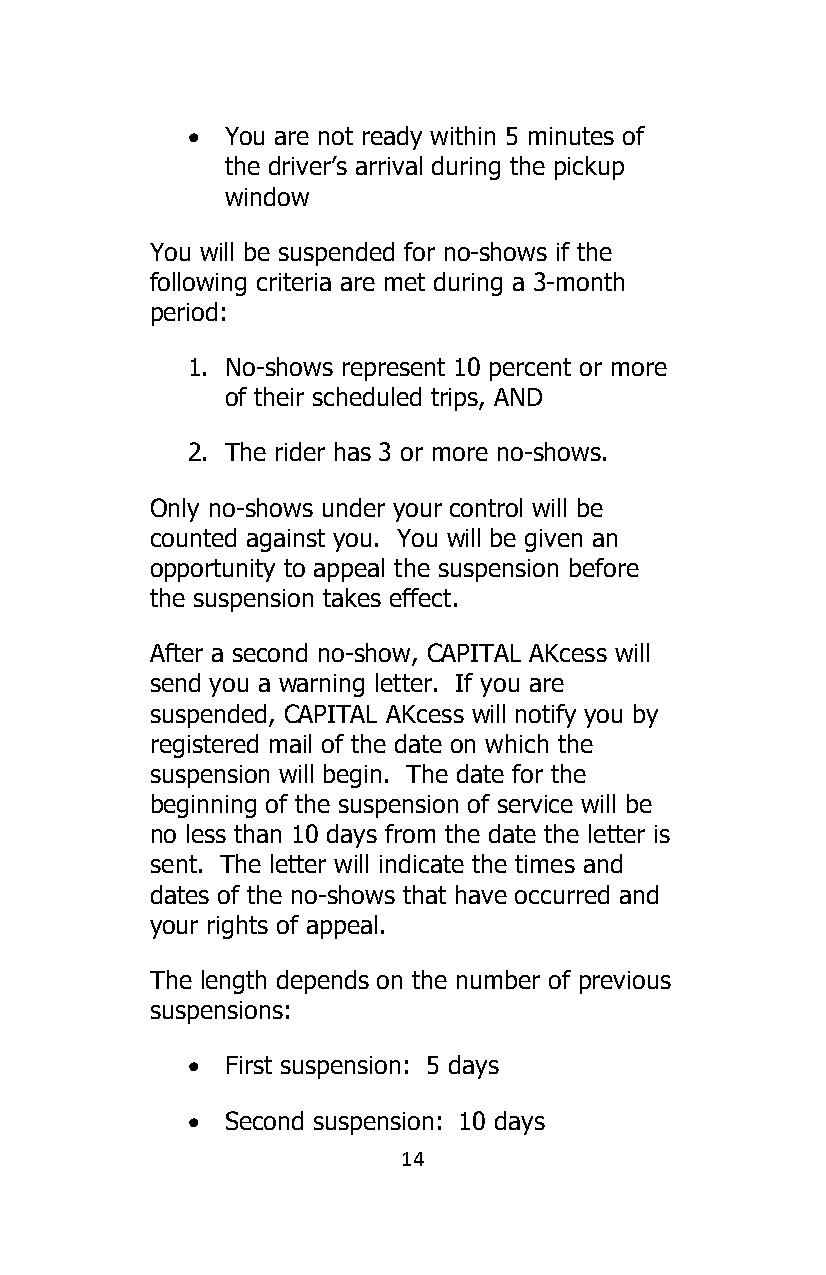
•  You are not ready within 5 minutes of
 the driver’s arrival during the pickup
 window
 You will be suspended for no-shows if the
 following criteria are met during a 3-month
 period:
 1. No-shows represent 10 percent or more
 of their scheduled trips, AND
 2. The rider has 3 or more no-shows.
 Only no-shows under your control will be
 counted against you. You will be given an
 opportunity to appeal the suspension before
 the suspension takes effect.
 After a second no-show, CAPITAL AKcess will
 send you a warning letter. If you are
 suspended, CAPITAL AKcess will notify you by
 registered mail of the date on which the
 suspension will begin. The date for the
 beginning of the suspension of service will be
 no less than 10 days from the date the letter is
 sent. The letter will indicate the times and
 dates of the no-shows that have occurred and
 your rights of appeal.
 The length depends on the number of previous
 suspensions:
 •  First suspension: 5 days
 •  Second suspension: 10 days
 14